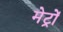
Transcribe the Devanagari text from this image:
मेट्रों